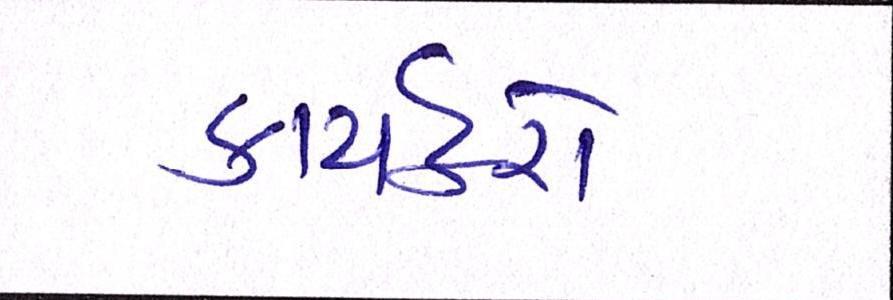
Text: કાર્યકર